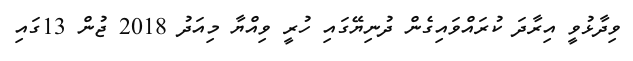
ވިދާޅުވީ އިރާދަ ކުރައްވައިގެން ދުނިޔޭގައި ހުރީ ވިއްޔާ މިއަދު 2018 ޖުން 13ގައި